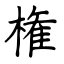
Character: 権